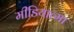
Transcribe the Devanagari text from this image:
मीडियात्मा